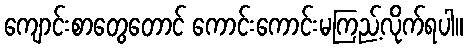
ကျောင်းစာတွေတောင် ကောင်းကောင်းမကြည့်လိုက်ရပါ။